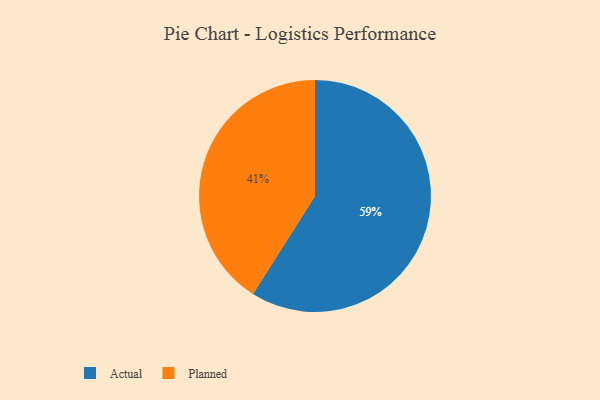
{"axis": {"x": "Category", "y": "Percentage"}, "legend": ["Actual", "Planned"], "data": [{"x": "Planned", "y": 41, "type": "Planned"}, {"x": "Actual", "y": 59, "type": "Actual"}]}